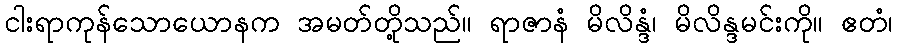
ငါးရာကုန်သောယောနက အမတ်တို့သည်။ ရာဇာနံ မိလိန္ဒံ၊ မိလိန္ဒမင်းကို။ ဧတံ၊